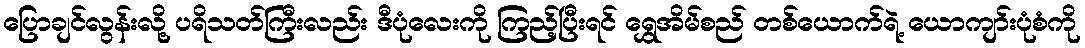
ပြောချင်လွန်းလို့ ပရိသတ်ကြီးလည်း ဒီပုံလေးကို ကြည့်ပြီးရင် ရွှေအိမ်စည် တစ်ယောက်ရဲ့ ယောကျာ်းပုံစံကို